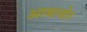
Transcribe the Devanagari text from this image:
आबाचोर